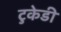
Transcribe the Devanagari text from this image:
टुकेडी